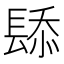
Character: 𫔗